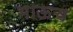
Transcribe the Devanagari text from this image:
भाऊच